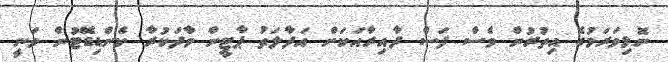
ނޮޅިވަރަމުގެ އިތުރުން ވެސް ފަސް ދާއިރާއަކަށް އަދާލަތު ޕާޓީން ވާދަކުރާ ކެންޑިޑޭޓުން ވަނީ